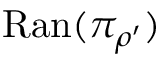
\mathrm { R a n } ( \pi _ { \rho ^ { \prime } } )